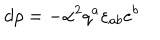
d \rho = - { \alpha } ^ { 2 } q ^ { a } \varepsilon _ { a b } e ^ { b }